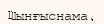
Шынғыснама.